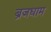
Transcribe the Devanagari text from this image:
ब्रजधाम